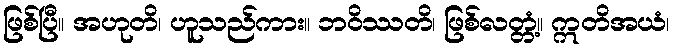
ဖြစ်ပြီ။ အဟုတိ၊ ဟူသည်ကား။ ဘဝိဿတိ၊ ဖြစ်လတ္တံ့။ ဣတိအယံ၊